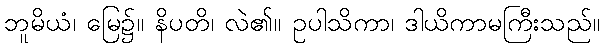
ဘူမိယံ၊ မြေ၌။ နိပတိ၊ လဲ၏။ ဥပါသိကာ၊ ဒါယိကာမကြီးသည်။